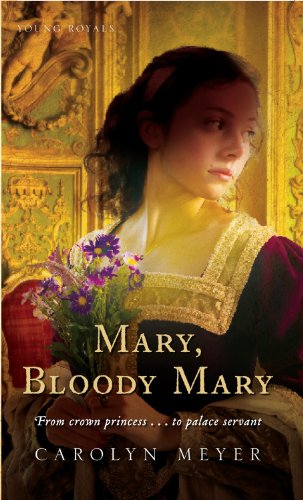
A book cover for Mary, Bloody Mary; Carolyn Meyer; Teen & Young Adult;